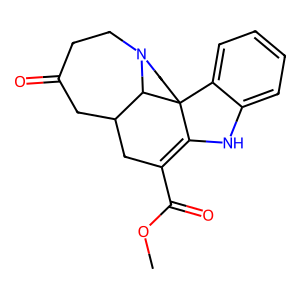
SMILES: COC(=O)C1=C2Nc3ccccc3C23CCN2CCC(=O)CC(C1)C23
Inhibits HIV replication: No